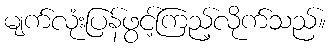
မျက်လုံးပြန်ဖွင့်ကြည့်လိုက်သည်။